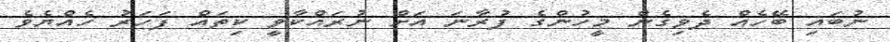
ނުބައި ބޭހެއް ދެވިގެން މީހުންގެ ފުރާނަ އަށް ނުރައްކާވީ ކިތައް ފަހަރު ހެއްޔެވެ